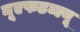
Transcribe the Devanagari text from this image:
नूएफडब्ल्यू